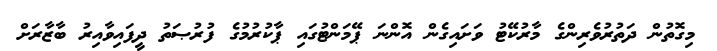
މިގޮތުން ދަތުރުވެރިންގެ މާރުކޭޓު ވަށައިގެން އޮންނަ ޕޭމަންޓުގައި ޕާކުރުމުގެ ފުރުޞަތު ދީފައިވާއިރު ބާޒާރަށް